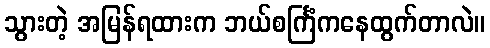
သွားတဲ့ အမြန်ရထားက ဘယ်စင်္ကြံကနေထွက်တာလဲ။